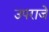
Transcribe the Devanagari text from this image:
उपराजे